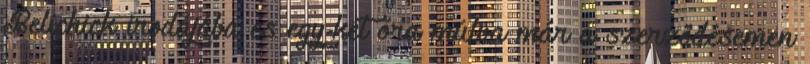
Belichick irodájába és egy-két óra múlva már a szerződésemen